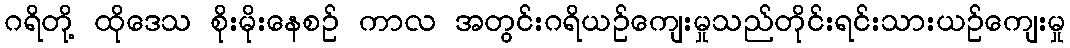
ဂရိတို့ ထိုဒေသ စိုးမိုးနေစဉ် ကာလ အတွင်းဂရိယဉ်ကျေးမှုသည်တိုင်းရင်းသားယဉ်ကျေးမှု